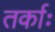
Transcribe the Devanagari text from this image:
तर्काः